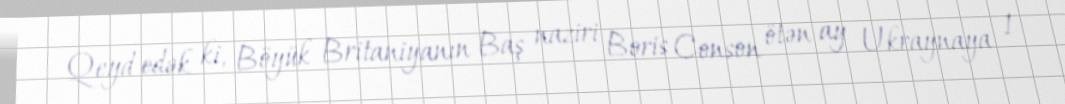
Qeyd edək ki, Böyük Britaniyanın Baş naziri Boris Conson ötən ay Ukraynaya 1